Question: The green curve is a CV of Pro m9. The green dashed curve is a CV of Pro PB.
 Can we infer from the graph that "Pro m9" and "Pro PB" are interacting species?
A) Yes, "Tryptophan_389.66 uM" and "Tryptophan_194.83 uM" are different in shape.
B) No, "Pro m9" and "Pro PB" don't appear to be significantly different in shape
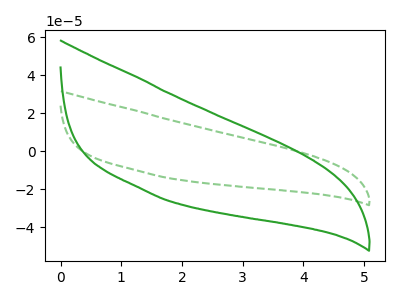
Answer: <think>The green curve "Pro m9" has no peaks. The green dashed curve "Pro PB" has no peaks.
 Neither "Pro m9" or "Pro PB" have any peaks.</think>
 <answer>B) No, "Pro m9" and "Pro PB" don't appear to be significantly different in shape</answer>
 <eval>B</eval>